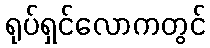
ရုပ်ရှင်လောကတွင်